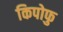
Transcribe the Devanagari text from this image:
किपोफु